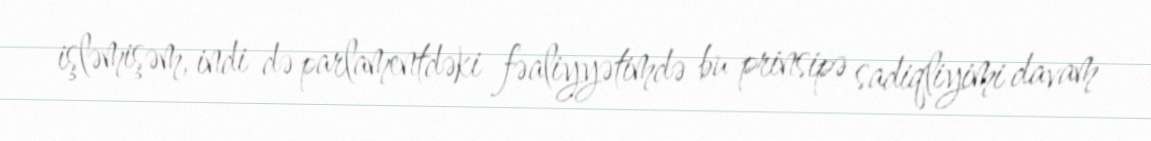
işləmişəm, indi də parlamentdəki fəaliyyətimdə bu prinsipə sadiqliyimi davam